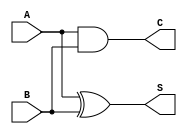
module current_mode_half_adder (
    input wire A,  // Current input A
    input wire B,  // Current input B
    output wire S, // Current output Sum
    output wire C  // Current output Carry
);

// Internal signals for current representation
wire A_and_B; // Intermediate signal for AND operation
wire A_xor_B; // Intermediate signal for XOR operation

// Carry output: C = A AND B
assign C = A & B;

// Sum output: S = A XOR B
assign S = A ^ B;

endmodule